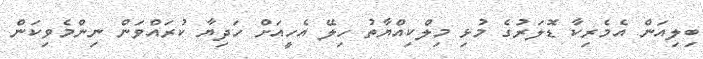
ބިލިއަން އެމެރިކާ ޑޮލަރުގެ މުޅި މިލްކިއްޔާތު ހިލޭ އެހީއަށް ހަދިޔާ ކުރައްވަން ނިންމެވިކަން